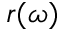
r ( \omega )